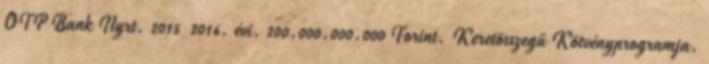
OTP Bank Nyrt. 2015 2016. évi. 200.000.000.000 Forint. Keretösszegű Kötvényprogramja.